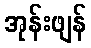
အုန်းဖျန်